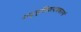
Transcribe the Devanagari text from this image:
अनुवृत्तिप्रत्ययकारणं